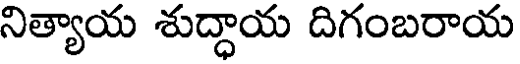
నిత్యాయ శుద్ధాయ దిగంబరాయ